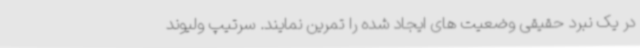
در یک نبرد حقیقی وضعیت های ایجاد شده را تمرین نمایند. سرتیپ ولیوند